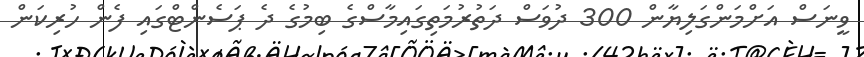
ވީނަސް އަށްމަންގަލިޔާން 300 ދުވަސް ދަތުރުމަތިގައިމާސްގެ ބިމުގެ ދެ ޕަސެންޓްގައި ފެން ހުރިކަން